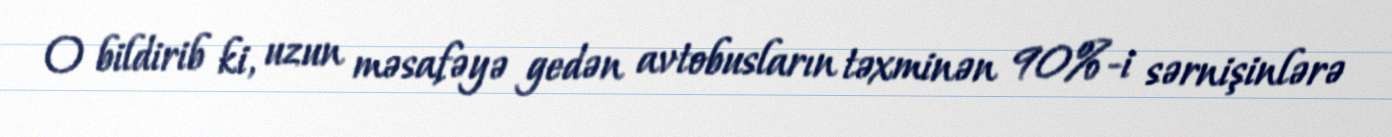
O bildirib ki, uzun məsafəyə gedən avtobusların təxminən 90%-i sərnişinlərə